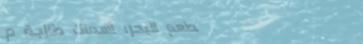
مطعم البحر: أسماك طازجة م